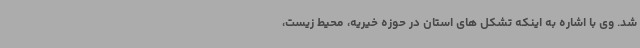
شد. وی با اشاره به اینکه تشکل های استان در حوزه خیریه، ‌محیط زیست،